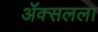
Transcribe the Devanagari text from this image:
ॲक्सलला